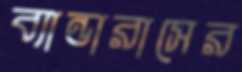
ব্যান্ডারাসের